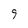
Character: 9